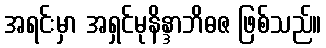
အရင်းမှာ အရှင်မုနိန္ဒာဘိဓဇ ဖြစ်သည်။